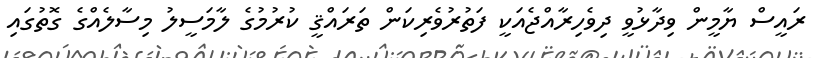
ރައީސް ޔާމީން ވިދާޅުވީ ދިވެހިރާއްޖެއަކީ ފަތުރުވެރިކަން ތަރައްޤީ ކުރުމުގެ ލާމަސީލު މިސާލެއްގެ ގޮތުގައި